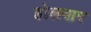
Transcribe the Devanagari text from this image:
होलवार